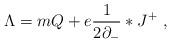
LaTeX: \begin{align*}\Lambda = m Q + e \frac{1}{2\partial_{-}}* J^{+}\ ,\end{align*}